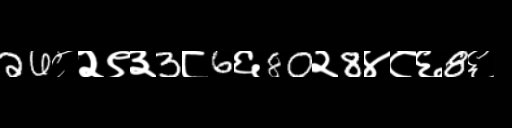
Text: 26८२९३3८6६80२8४८६8६